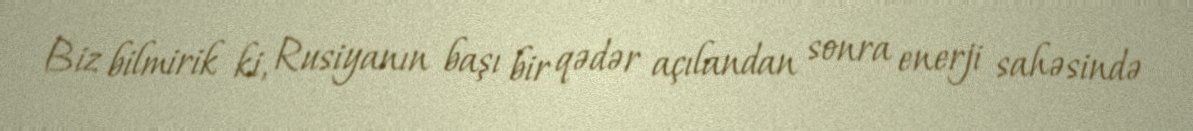
Biz bilmirik ki, Rusiyanın başı bir qədər açılandan sonra enerji sahəsində